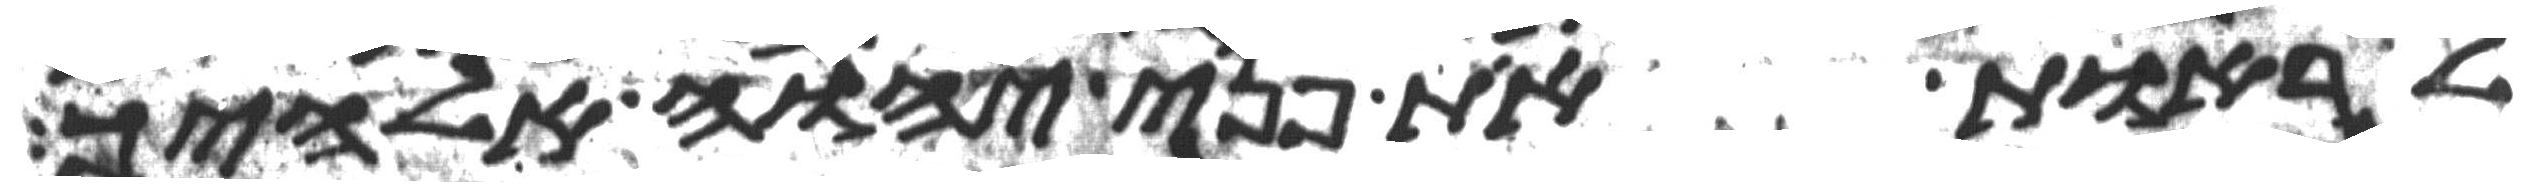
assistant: להראות את פני יהוה אלהיך